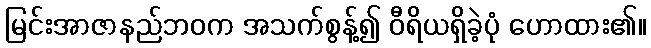
မြင်းအာဇာနည်ဘဝက အသက်စွန့်၍ ဝီရိယရှိခဲ့ပုံ ဟောထား၏။